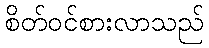
စိတ်ဝင်စားလာသည်